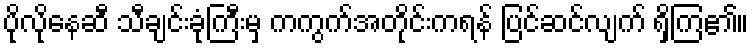
ပိုလိုနေဆီ သီချင်းခုံကြီးမှ ကကွက်အတိုင်းကရန် ပြင်ဆင်လျက် ရှိကြ၏။